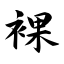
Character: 裸